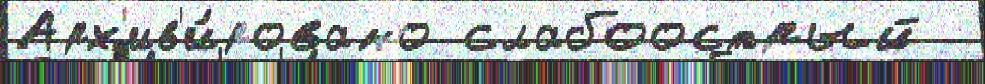
Арх'ив'и́ровано слабоострый